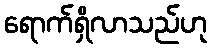
ရောက်ရှိလာသည်ဟု